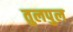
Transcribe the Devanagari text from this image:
तुलपुल